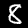
Digit: 8